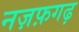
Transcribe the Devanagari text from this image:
नज़फ़गढ़